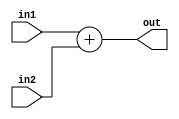
module Adder8b (in1, in2, out);

// ------------------------ PORT declaration ------------------------ //
input [7:0] in1, in2;
output [7:0] out;

// ------------------------- Registers/Wires ------------------------ //
reg [7:0] tmp_out;


always @(*)
begin

	tmp_out = in1 + in2;
	
end

// Assign output and condition flags
assign out = tmp_out;

endmodule